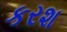
કરશ